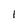
Character: 1